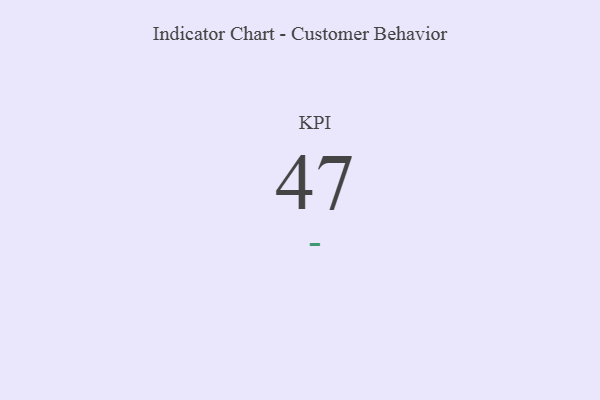
{"axis": {"x": "KPI", "y": "Value"}, "legend": [""], "data": [{"x": "KPI", "y": 47, "type": ""}]}